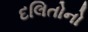
દલિતોનો